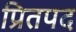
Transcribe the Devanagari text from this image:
प्रितपद